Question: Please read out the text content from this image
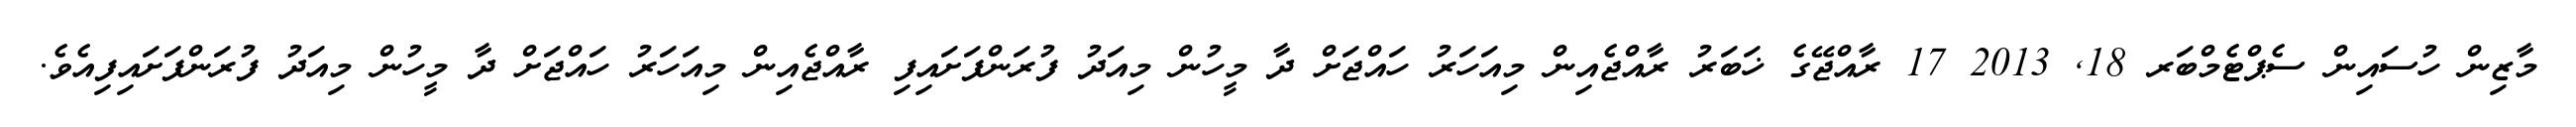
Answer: މާޒިން ހުސައިން ސެޕްޓެމްބަރ 18, 2013 17 ރާއްޖޭގެ ޚަބަރު ރާއްޖެއިން މިއަހަރު ހައްޖަށް ދާ މީހުން މިއަދު ފުރަންފަށައިފި ރާއްޖެއިން މިއަހަރު ހައްޖަށް ދާ މީހުން މިއަދު ފުރަންފަށައިފިއެވެ.